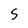
Character: S